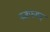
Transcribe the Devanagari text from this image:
नज़फगढ़